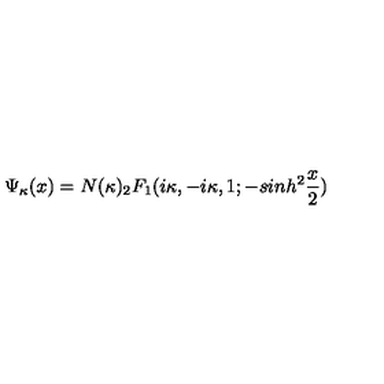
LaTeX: \Psi _ { \kappa } ( x ) = N ( \kappa ) _ { 2 } F _ { 1 } ( i \kappa , - i \kappa , 1 ; - s i n h ^ { 2 } \frac { x } { 2 } )